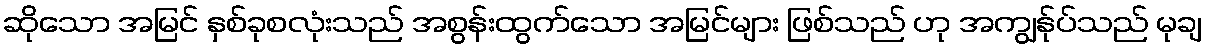
ဆိုသော အမြင် နှစ်ခုစလုံးသည် အစွန်းထွက်သော အမြင်များ ဖြစ်သည် ဟု အကျွန်ုပ်သည် မုချ